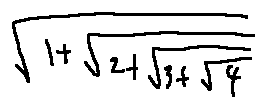
\sqrt { 1 + \sqrt { 2 + \sqrt { 3 + \sqrt { 4 } } } }